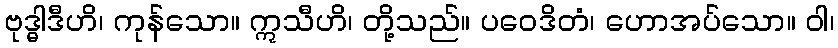
ဗုဒ္ဓါဒီဟိ၊ ကုန်သော။ ဣသီဟိ၊ တို့သည်။ ပဝေဒိတံ၊ ဟောအပ်သော။ ဝါ၊